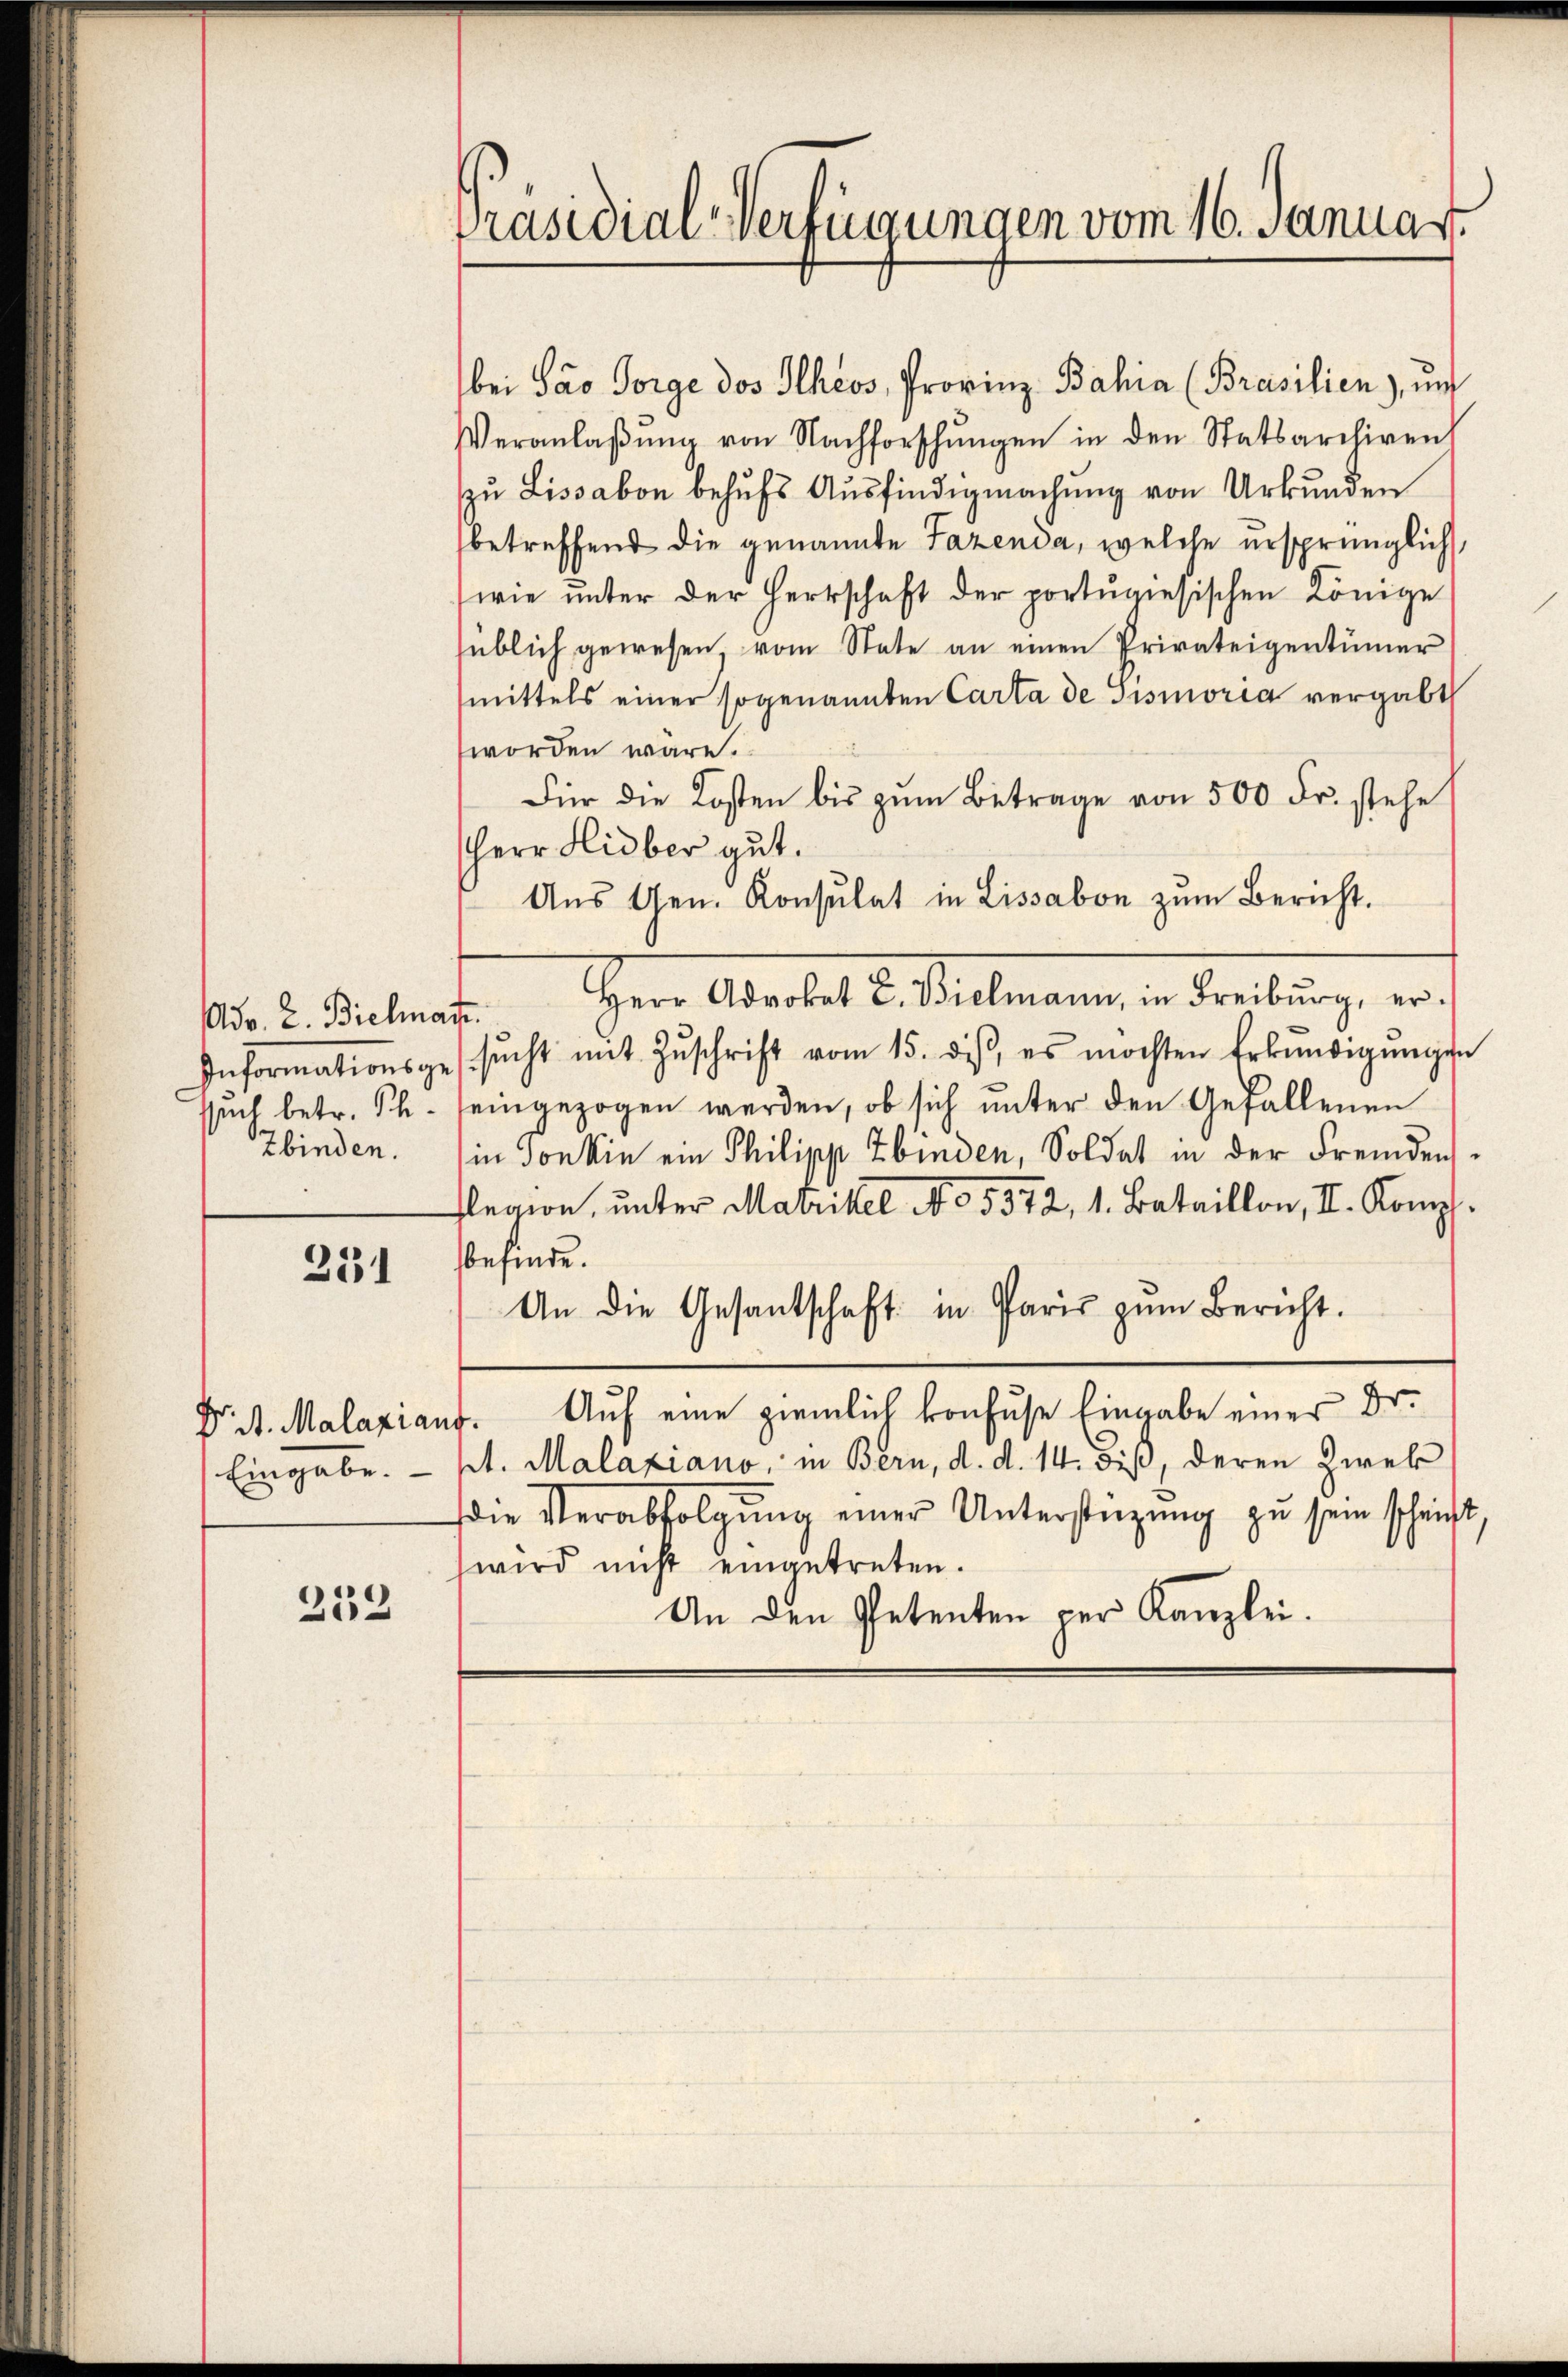
such betr. Rh.
Zbinden.

231

Eingabe.

259

Präsidial-Verfügungen vom 16. Januar

bei Pao Sorge des Ilheos, Provinz Bahia (Brasilien), und
Veranlaβŭng von Nachforschŭngen in den Statsarchiven
zu Lissabon behufs Ausfindigmachung von Urkunden
betreffend die genannte Fazenda, welche ursprünglich
wie unter der Herrschaft der portugiesischen Könige
süblich gewesen, vom State an einen Privateigentümer
mittels einer sogenannten Carta de Gismoria vergabt
worden wäre.
Für die Kosten bis zum Betrage von 500 Fr. stehe
Herr Hidber gut.
Aŭs Gen. Konsulat in Lissabon zŭm Bericht.
1. 2. Decker.  Hr. Alariat d. Sielmann u. Freibung ers
Informationsgesŭcht mit Zŭschrift vom 15. des, es möchten Erkundigŭngen
eingezogen werden, ob sich unter den Gefallenen
in Tonkin ein Philipp Ebinden, Soldat in der Fremdensflegion, unter Matrikel No 5572, 1. Bataillon, II. Komp.
befinde.
An die Gesantschaft in Paris zŭm Bericht.
Dr. St. Malaxiauf. Auf eine ziemlich konfuse Eingabe einer Dr.
pt. Malaxiano, in Bern, d. d. 14. diß, deren Zwek
die Verabfolgŭng einer Unterstüzung zu sein schrift
wird nicht eingetreten.
An den Petenten per Kanzlei.